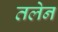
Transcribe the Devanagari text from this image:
तलेन